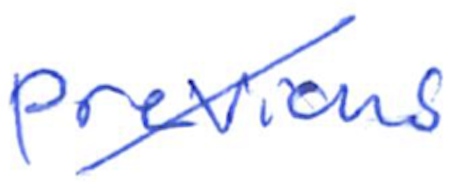
Text: previous
Cross-out: mix
Writing tool: ballpoint